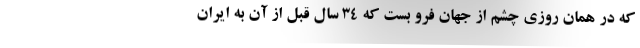
که در همان روزی چشم از جهان فرو بست که 34 سال قبل از آن به ایران